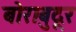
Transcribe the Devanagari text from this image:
बोराबुदूर